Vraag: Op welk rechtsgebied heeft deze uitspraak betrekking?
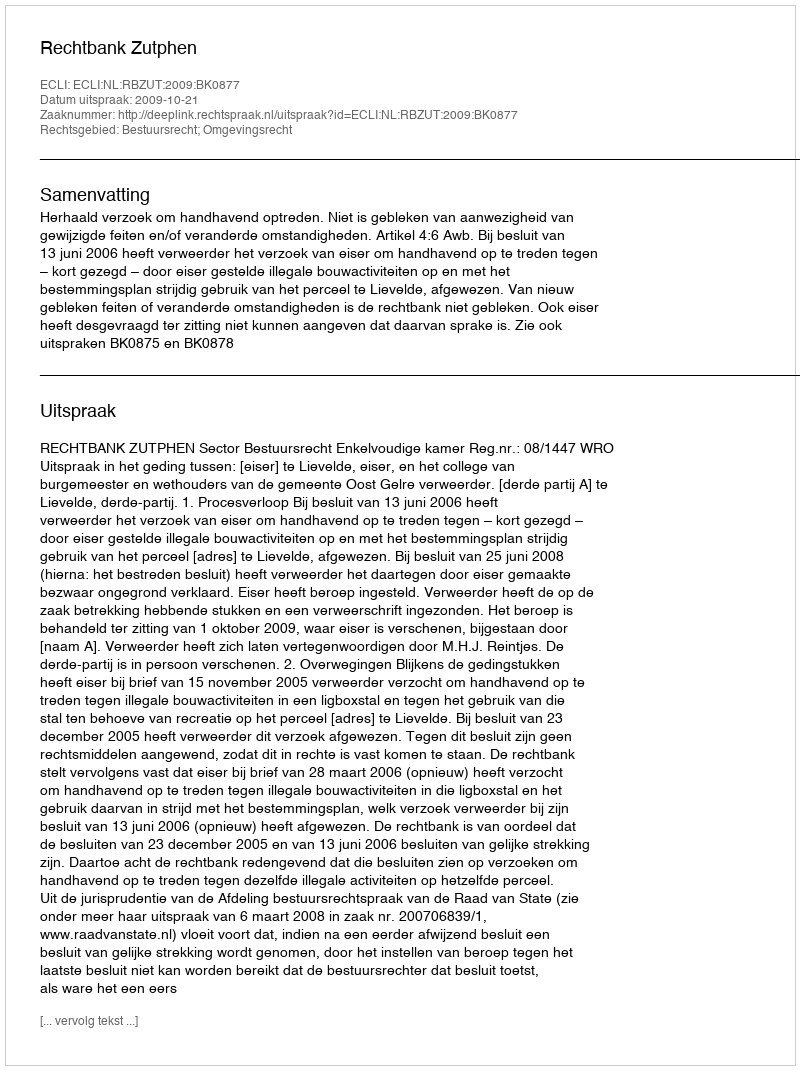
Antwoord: Bestuursrecht; Omgevingsrecht